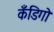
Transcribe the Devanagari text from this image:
कँडिगो